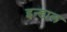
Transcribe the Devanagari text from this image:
इन्डाल